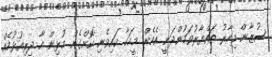
ސުޒާން މިހާރު ތައްޔާރުވަމުންދަނީ އެހެން މީހަކާ ކައިވެނި ކޮށްގެން މުޅިން އާ ދިރިއުޅުމެއް